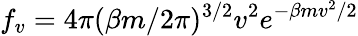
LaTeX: f_{v}=4\pi(\beta m/2\pi)^{3/2}v^{2}e^{-\beta mv^{2}/2}